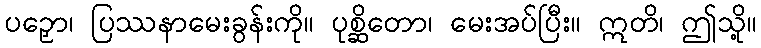
ပဉှော၊ ပြဿနာမေးခွန်းကို။ ပုစ္ဆိတော၊ မေးအပ်ပြီး။ ဣတိ၊ ဤသို့။